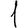
Digit: 1